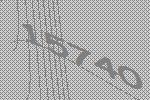
15740